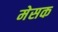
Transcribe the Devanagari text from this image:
मेसक